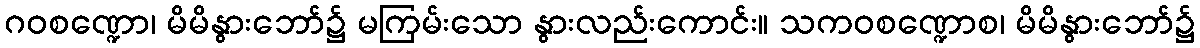
ဂဝစဏ္ဍော၊ မိမိနွားဘော်၌ မကြမ်းသော နွားလည်းကောင်း။ သကဝစဏ္ဍောစ၊ မိမိနွားဘော်၌